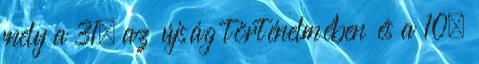
mely a 31. az újság történelmében és a 10.